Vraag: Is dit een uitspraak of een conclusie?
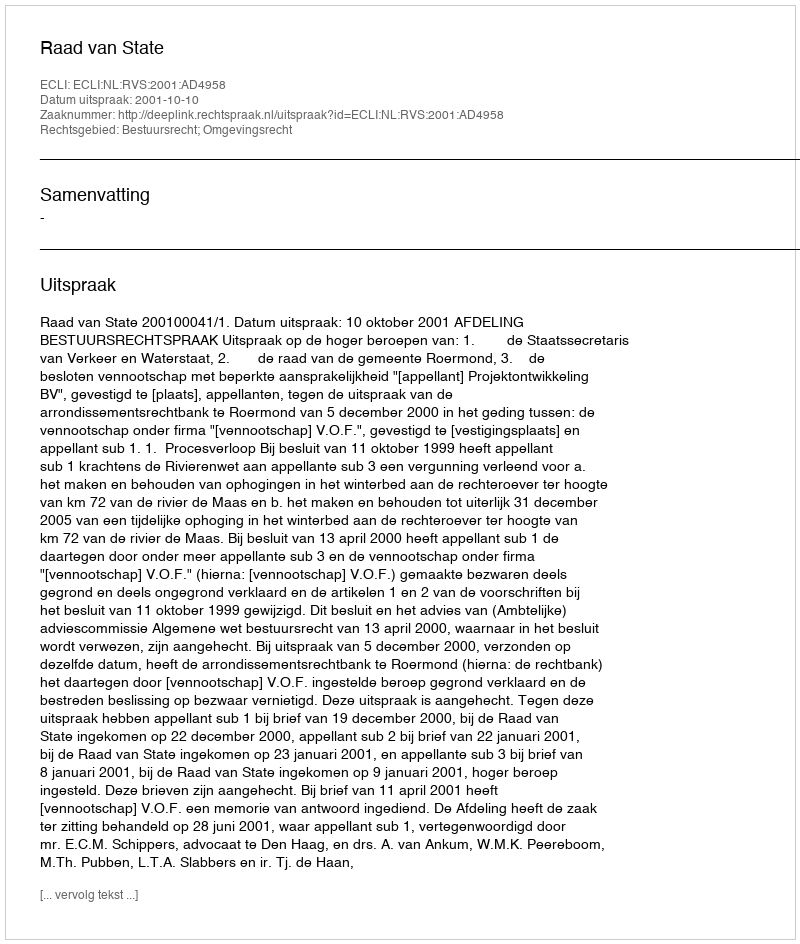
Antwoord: Uitspraak